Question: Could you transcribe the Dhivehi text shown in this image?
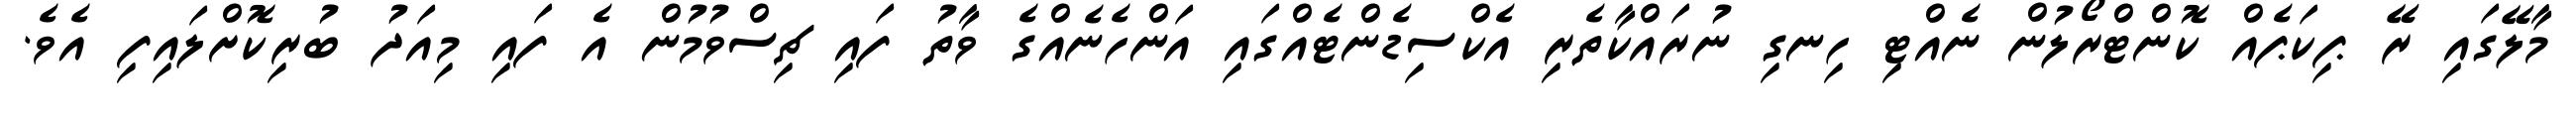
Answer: މާލޭގައި ރޭ ޕިކަޕެއް ކޮންޓްރޯލުން ނެއްޓި ހިނގި ނުރައްކާތެރި އެކްސިޑެންޓެއްގައި އަންހެނެއްގެ ވާތު ފައި ޗިސްވުމުން އެ ފައި މިއަދު ބުރިކޮށްލައިފި އެވެ.